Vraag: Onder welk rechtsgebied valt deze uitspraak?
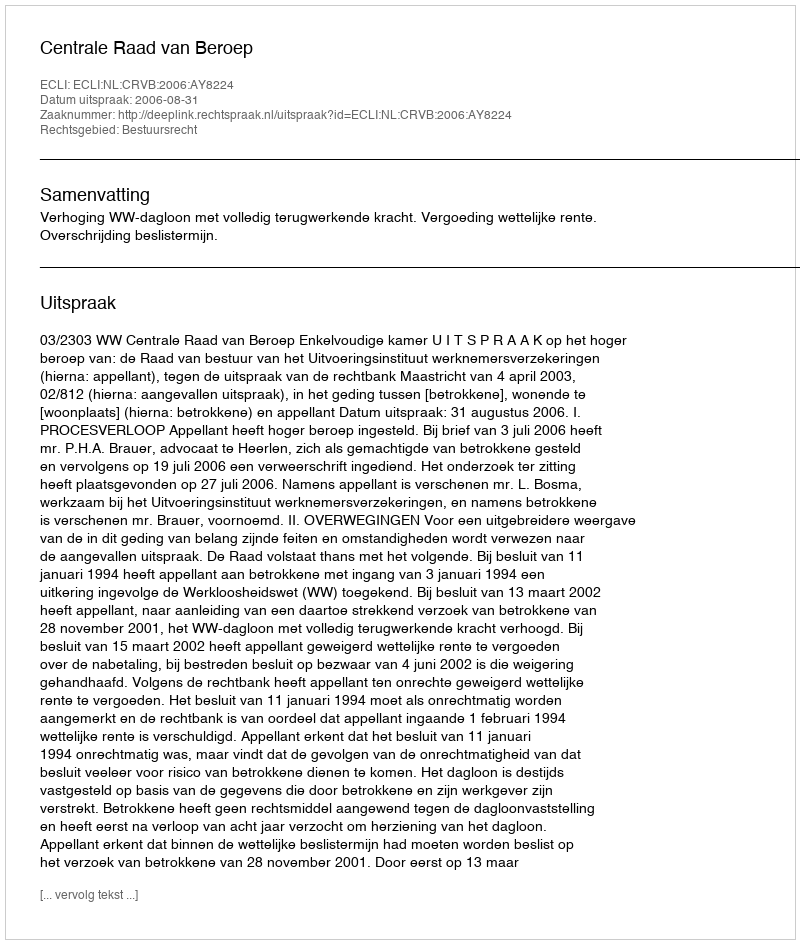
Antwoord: Bestuursrecht